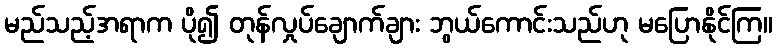
မည်သည့်အရာက ပို၍ တုန်လှုပ်ချောက်ချား ဘွယ်ကောင်းသည်ဟု မပြောနိုင်ကြ။